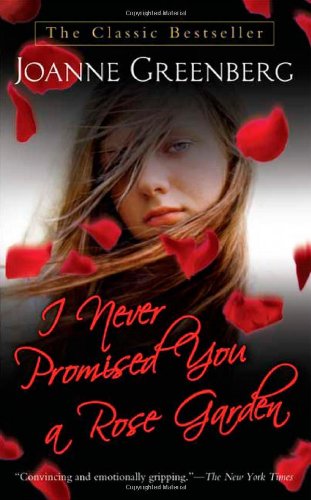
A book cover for I Never Promised You a Rose Garden: A Novel; Joanne Greenberg; Mystery, Thriller & Suspense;